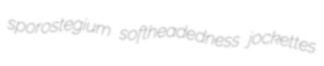
sporostegium softheadedness jockettes